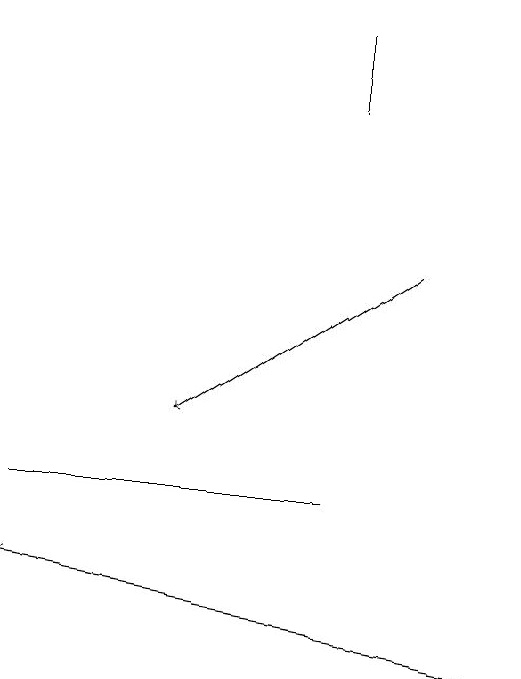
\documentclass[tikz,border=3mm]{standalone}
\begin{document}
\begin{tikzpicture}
\draw (5,18) rectangle (5,19);
\draw[->] (6,16) -- (3,14);
\draw[->] (7,11) -- (1,12);
\draw (5,13) rectangle (1,13);
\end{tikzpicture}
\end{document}